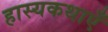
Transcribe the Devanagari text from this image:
हास्यकथाएँ